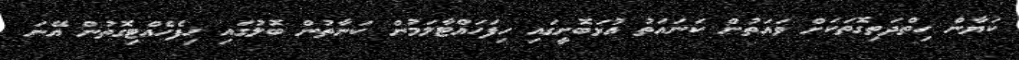
ކަޔާން ހިތްދަތިގޮތަކަށް ވައަތުން ކަނައަތު އުޅަބޮށީގައި ހިފަހައްޓާލަމުން ކަނާތުން ބޮލުގައި ހިފެހެއްޓިގޮތުން އޭނަ